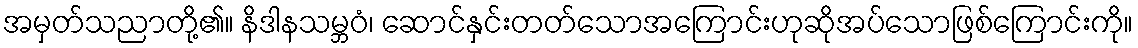
အမှတ်သညာတို့၏။ နိဒါနသမ္ဘဝံ၊ ဆောင်နှင်းတတ်သောအကြောင်းဟုဆိုအပ်သောဖြစ်ကြောင်းကို။